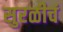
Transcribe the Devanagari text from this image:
सुरळीचं